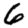
Digit: 6